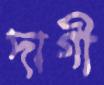
দাগী